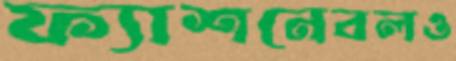
ফ্যাশনেবলও